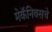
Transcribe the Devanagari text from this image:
मेकॅनिक्सचे